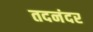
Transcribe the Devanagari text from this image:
तदनंदर